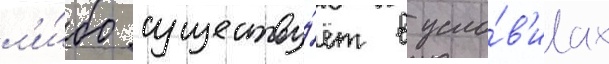
л'и́бо существу́ет в усло́в'иах